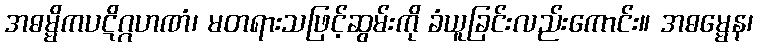
အဓမ္မိကပဋိဂ္ဂဟဏံ၊ မတရားသဖြင့်ဆွမ်းကို ခံယူခြင်းလည်းကောင်း။ အဓမ္မေန၊